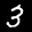
Label: 3